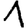
Digit: 1